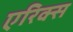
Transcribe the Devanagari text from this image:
एरिक्स